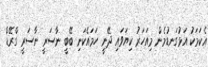
އެކަމަކު އަޅުގަނޑުމެން މިއަހަރު ކިޔަވައި ދޭނީ ހަމައެކަނި ބޭބީ ނާސަރީ ނާސަރީ ގްރޭޑް